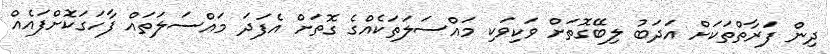
ދިން ފަރާތްތަކަށް އަދަބު ލިބޭގޮތަށް ވަކިވަކި މައްސަލަތަކެއްގެ ގޮތަށް އެފަދަ މައްސަލަތައް ފާހަގަކޮށްފައެއް